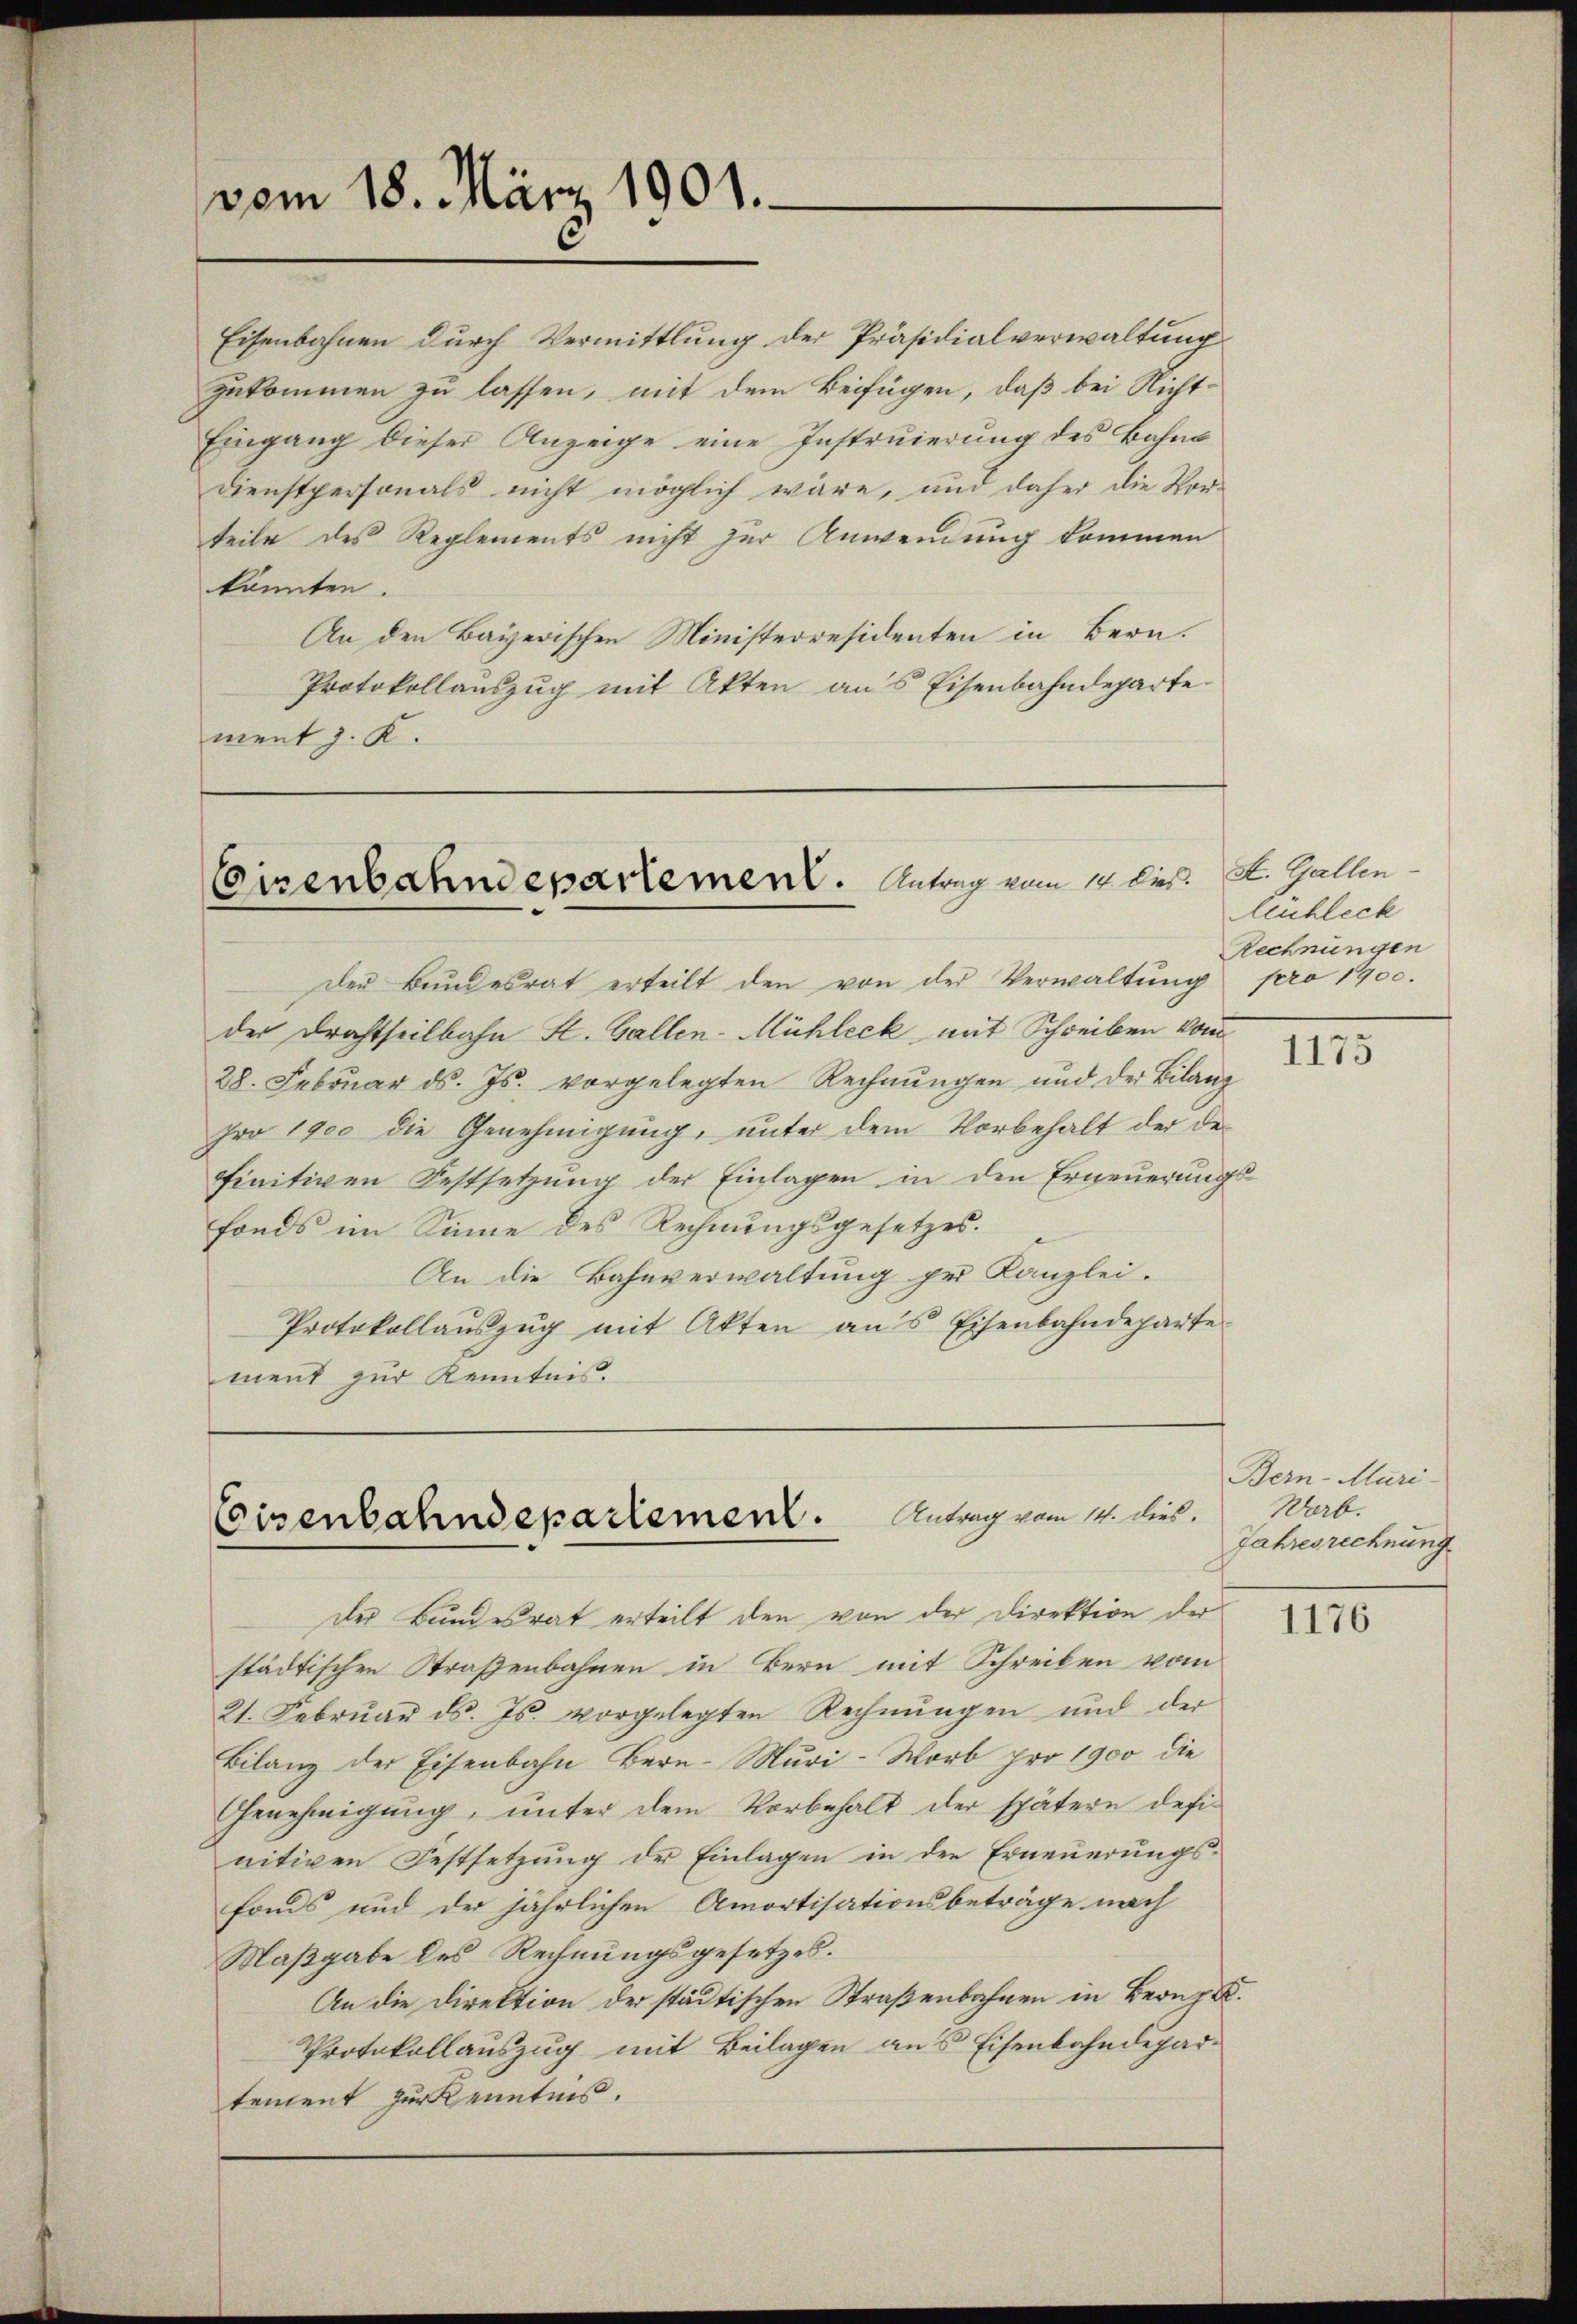
vom 18. März 1901.

Eisenbahnen durch Vermittlung der Präsidialverwaltung
zukommen zu lassen, mit dem Beifügen, daß bei Nicht¬
Eingang dieser Anzeige eine Instruierung des Bahnt
Dienstpersonals nicht möglich wäre, und daher die Vor-
teile des Reglements nicht zur Anwendung kommen
könnten.
An den Bayerischen Ministerresidenten in Bern.
Protokollauszug mit Akten aus Eisenbahndeparte.
ment J. K.

Eisenbahndepartement. Antrag vom 14. bis.

der Bundesrat erteilt den von der Verwaltŭng pro 1900.
der Drahtheilbahn St. Gallen-Mühleck mit Schreiben vom
28. Februar d. Js. vorgelegten Rechnungen und der Bilanz
pro 1900 die Genehmigung, unter dem Vorbehalt der definitiven Festsetzung der Einlagen in den Erneuerungsfonds im Sinne des Rechnungsgesetzes.
An die Bahnverwaltung per Kanzlei.
Protokollaŭszŭg mit Akten ans Eisenbahndeparte
ment zur Kenntnis.

der Bundesrat erteilt den von der Direktion der
städtischen Straßenbahnen in Bern mit Schreiben vom
21. Febrŭar d. Js. vorgelegten Rechnŭngen und der
Bilanz der Eisenbahn Bern-Muri-Worb pro 1900 die
Genehmigung, unter dem Vorbehalt der spätern defi-
nitiven Festsetzung der Einlagen in der Erneuerungsfonds und der jährlichen Amortisationsbeträge nach
Maßgabe des Rechnungsgesetzes.
An die Direktion der städtischen Straßenbahnen in Bronze
Protokollauszug mit Beilagen aus Eisenbahndepar-
tement zur Kenntnis.

Coisenbahndepartement. Antrag vom 14. Dies

St. Gallen.
Aeuchleck
Rechnungen

1175

Bern - Muri
Worb.
Jahresrechnung

1176